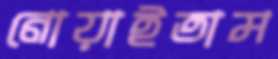
নোয়াইতাম